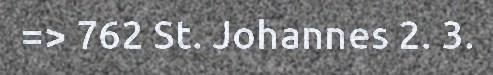
=> 762 St. Johannes 2. 3.